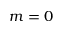
m = 0